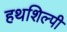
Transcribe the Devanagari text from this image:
हथशिल्पी